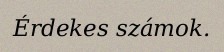
Érdekes számok.